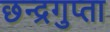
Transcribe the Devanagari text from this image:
छन्द्रगुप्ता